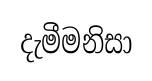
දැමීමනිසා